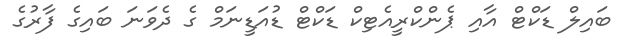
ބައިލް ޑަކްޓް އާއި ޕެންކްރީއެޓިކް ޑަކްޓް ޑުއަޑީނަމް ގެ ދެވަނަ ބައިގެ ފާރުގެ